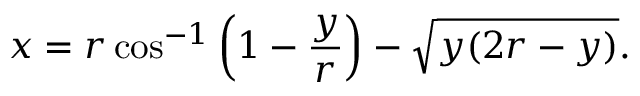
x = r \cos ^ { - 1 } \left( 1 - { \frac { y } { r } } \right) - { \sqrt { y ( 2 r - y ) } } .